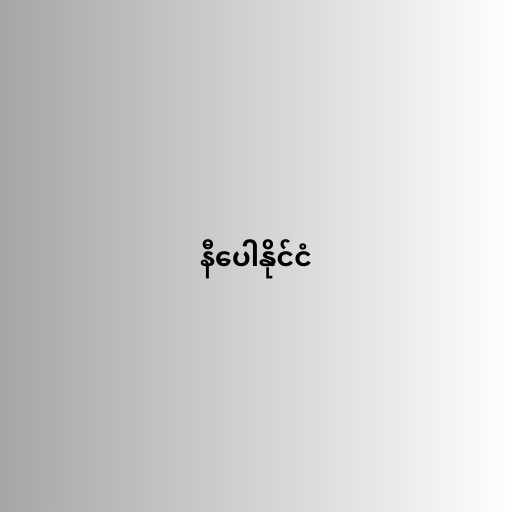
နီပေါနိုင်ငံ